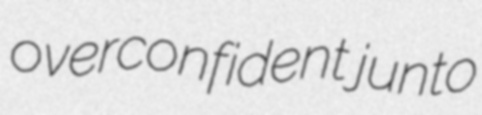
overconfident junto